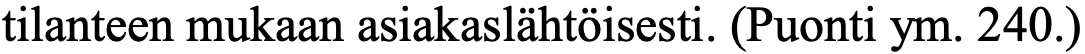
tilanteen mukaan asiakaslähtöisesti. (Puonti ym. 240.)